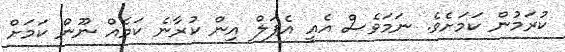
ކުރަމުން ކަމަށެވެ. ނަމަވެސް އެއީ އެޕަލް އިން ކުރާނެ ކަމެއް ނޫން ކަމަށް